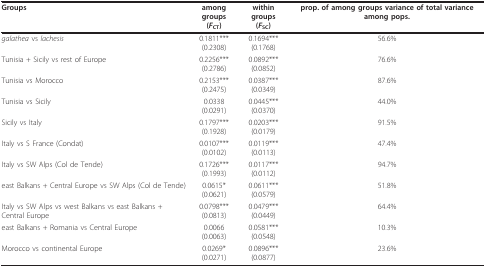
<table><thead><tr><td><b>Groups</b></td><td><b>among groups(<i>F</i><sub>CT</sub>)</b></td><td><b>within groups(<i>F</i><sub>SC</sub>)</b></td><td><b>prop. of among groups variance of total variance among pops.</b></td></tr></thead><tbody><tr><td><i>galathea </i>vs <i>lachesis</i></td><td>0.1811***(0.2308)</td><td>0.1694***(0.1768)</td><td>56.6%</td></tr><tr><td>Tunisia + Sicily vs rest of Europe</td><td>0.2256***(0.2786)</td><td>0.0892***(0.0852)</td><td>76.6%</td></tr><tr><td>Tunisia vs Morocco</td><td>0.2153***(0.2475)</td><td>0.0387***(0.0349)</td><td>87.6%</td></tr><tr><td>Tunisia vs Sicily</td><td>0.0338(0.0291)</td><td>0.0445***(0.0370)</td><td>44.0%</td></tr><tr><td>Sicily vs Italy</td><td>0.1797***(0.1928)</td><td>0.0203***(0.0179)</td><td>91.5%</td></tr><tr><td>Italy vs S France (Condat)</td><td>0.0107***(0.0102)</td><td>0.0119***(0.0113)</td><td>47.4%</td></tr><tr><td>Italy vs SW Alps (Col de Tende)</td><td>0.1726***(0.1993)</td><td>0.0117***(0.0112)</td><td>94.7%</td></tr><tr><td>east Balkans + Central Europe vs SW Alps (Col de Tende)</td><td>0.0615*(0.0621)</td><td>0.0611***(0.0579)</td><td>51.8%</td></tr><tr><td>Italy vs SW Alps vs west Balkans vs east Balkans + Central Europe</td><td>0.0798***(0.0813)</td><td>0.0479***(0.0449)</td><td>64.4%</td></tr><tr><td>east Balkans + Romania vs Central Europe</td><td>0.0066(0.0063)</td><td>0.0581***(0.0548)</td><td>10.3%</td></tr><tr><td>Morocco vs continental Europe</td><td>0.0269*(0.0271)</td><td>0.0896***(0.0877)</td><td>23.6%</td></tr></tbody></table>